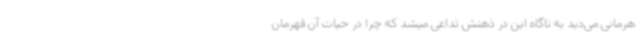
هرمانی می‌دید به ناگاه این در ذهنش تداعی میشد که چرا در حیات آن قهرمان